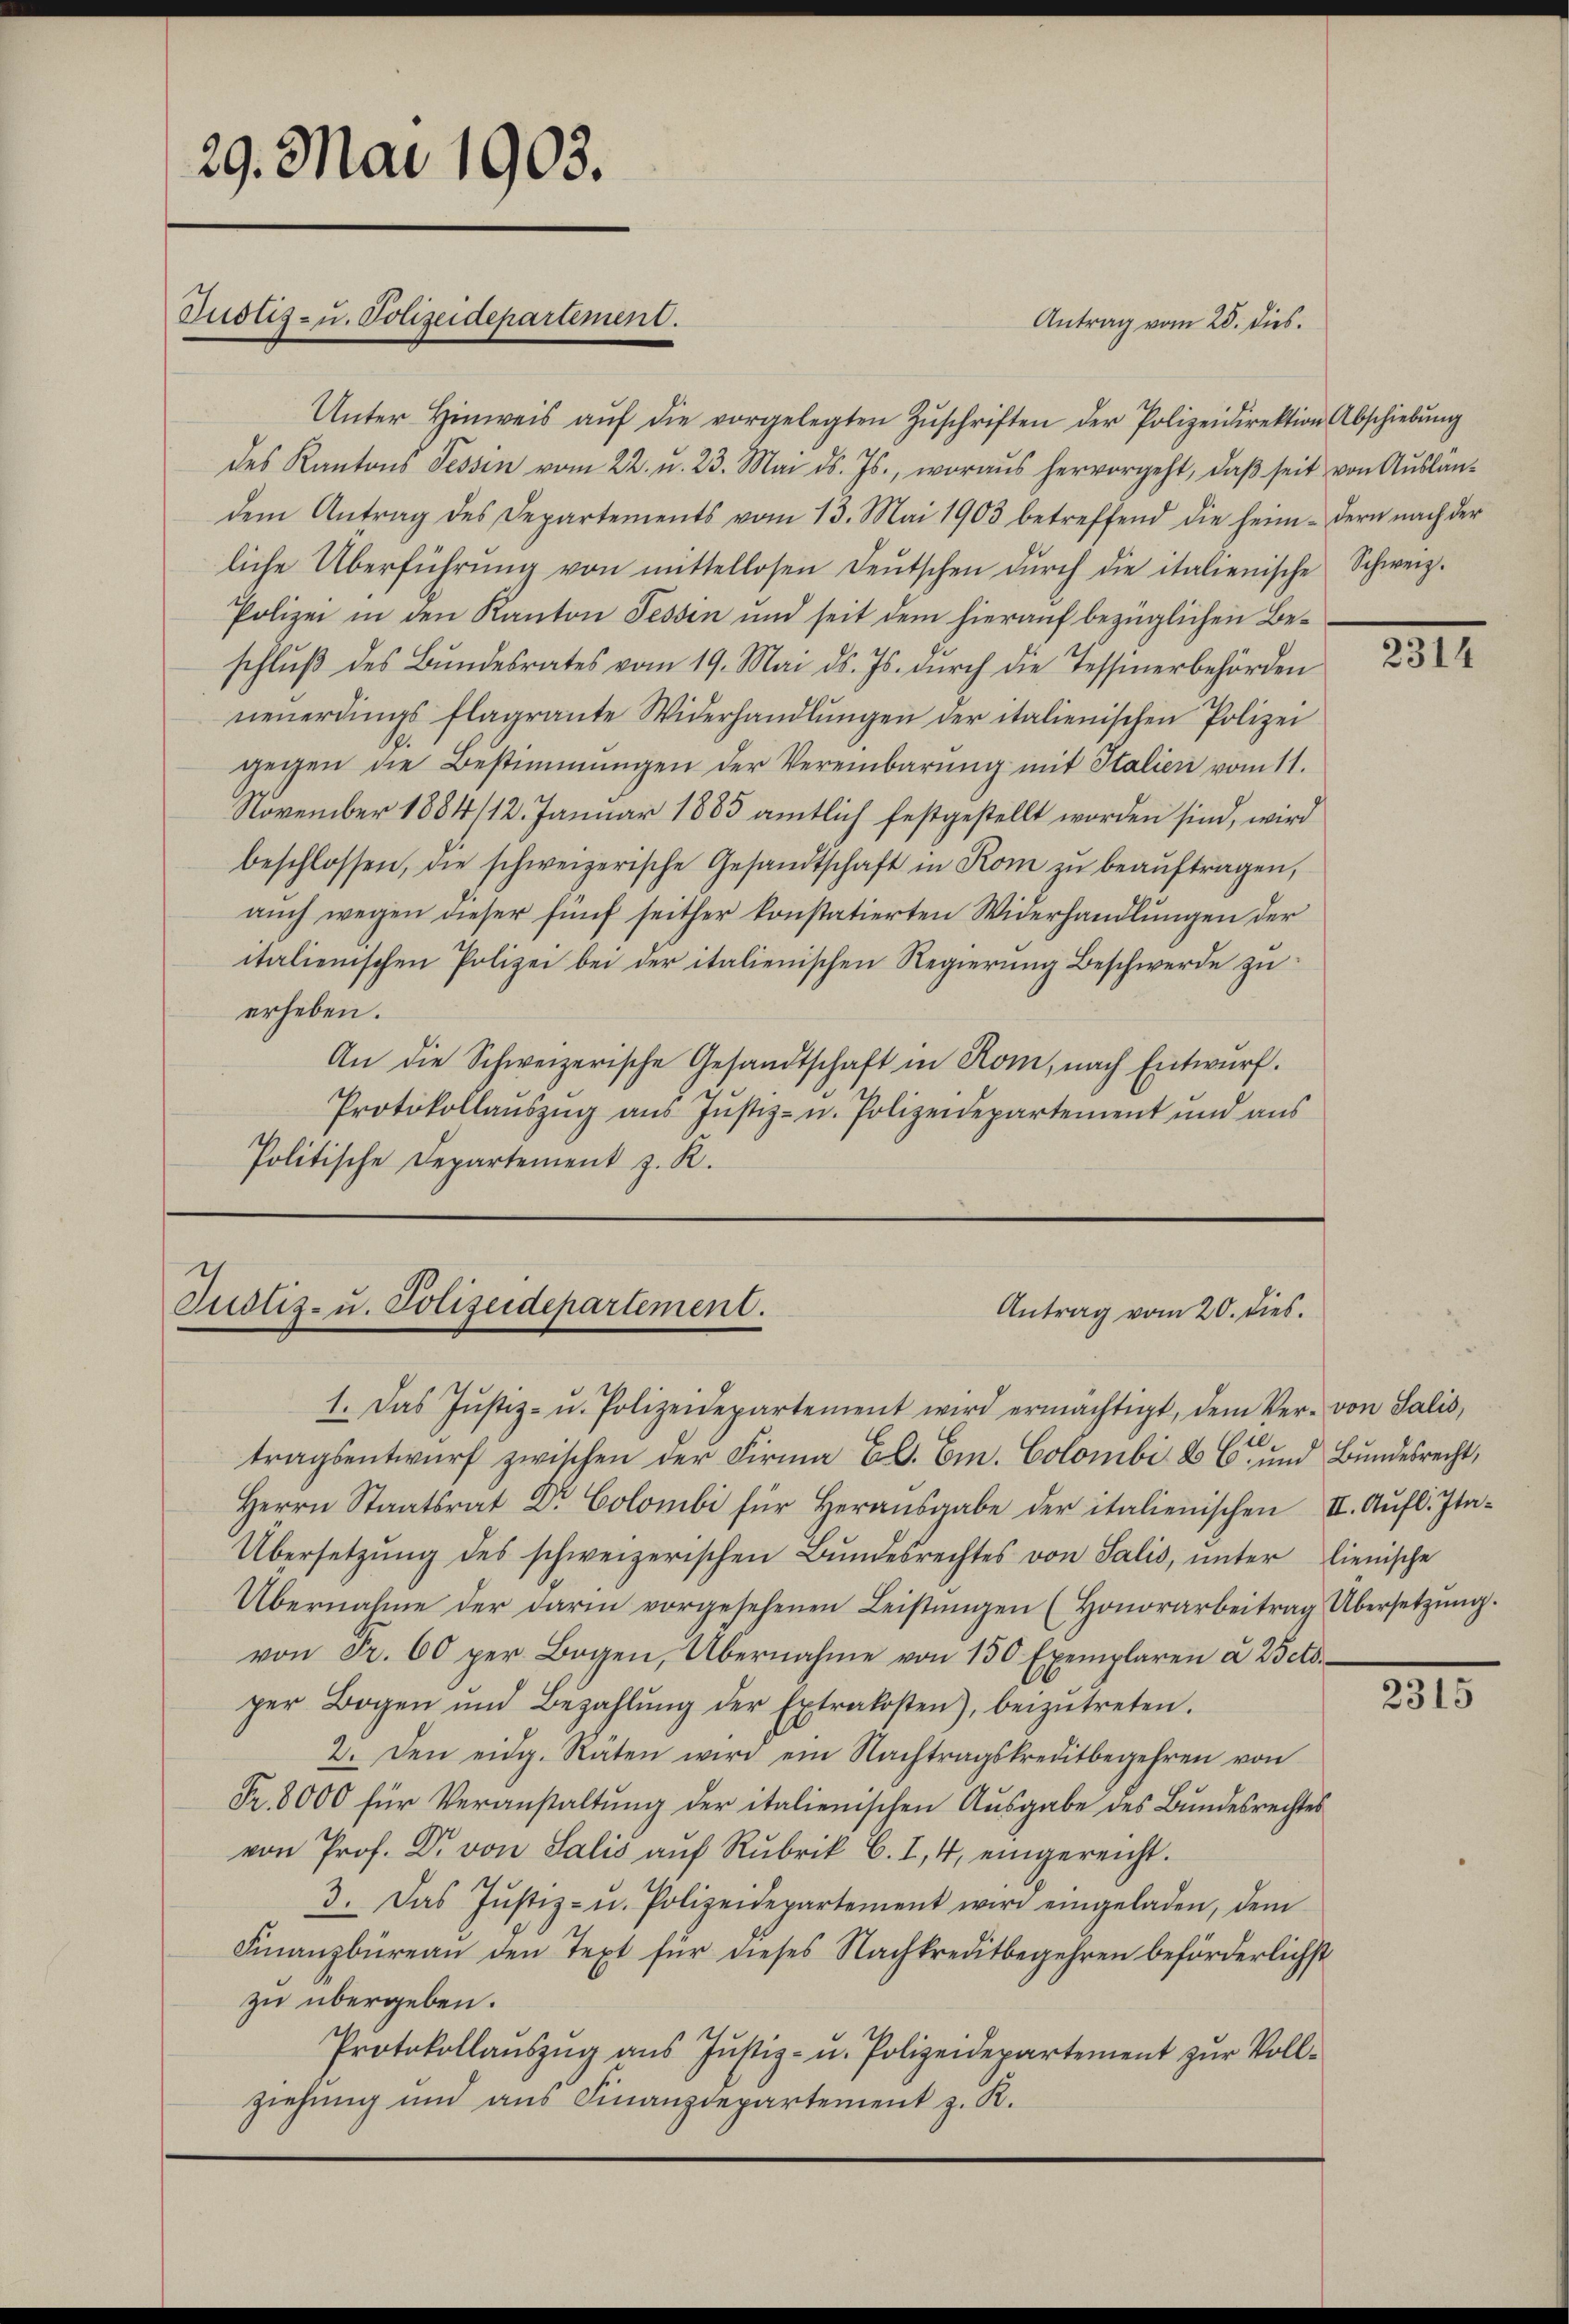
29. Mai 1903.

Unter Hinweis aŭf die vorgelegten Zŭschriften der Polizeidirektion Abschiebŭng
des Kantons Tessin vom 22. u. 23. Mai d. Js., woraus hervorgeht, daβ seit von Auslän-
dem Antrag des Departements vom 13. Mai 1903 betreffend die heim-dern nach der
liche Überführŭng von mittellosen Deutschen dŭrch die italienische Schweiz.
Polizei in den Kanton Tessin und seit dem hierauf bezüglichen Beschluß des Bundesrates vom 19. Mai d. Js. durch die Tessinerbehörden
neuerdings flagrante Widerhandlŭngen der italienischen Polizei
gegen die Bestimmungen der Vereinbarŭng mit Italien vom 11.
November 1884/12. Januar 1885 amtlich festgestellt worden sind, wird
beschlossen, die schweizerische Gesandtschaft in Rom zŭ beaŭftragen,
aŭch wegen dieser fünf seither konstatierten Widerhandlŭngen der
italienischen Polizei bei der italienischen Regierung Beschwerde zu
erheben.
An die Schweizerische Gesandtschaft in Rom, nach Entwurf.
Protokollauszug aus Justiz- u. Polizeidepartement und aus
Politische Departement z. R.

1. Das Jŭstiz- u. Polizeidepartement wird ermächtigt, dem Ver- von Salis,
tragsentwŭrf zwischen der Firma Bl. Em. Colombi & C. und Bundesrecht,
Herrn Staatsrat Dr. Colombi für Herausgabe der italienischen II. Aufl. Ita¬
Übersetzŭng des schweizerischen Bŭndesrechtes von Salis, ŭnter lienische
Übernahme der darin vorgesehenen Leistŭngen (Honorarbeitrag Übersetzŭng.
von Fr. 60 per Bogen, Übernahme von 150 Exemplaren a cto-
per Bogen und Bezahlŭng der Extrakosten), beizŭtreten.
2. Den eidg. Räten wird ein Nachtragskreditbegehren von
Fr. 8000 für Veranstaltŭng der italienischen Aŭsgabe des Bundesrechtes
von Prof. Dr. von Salis aŭf Rubrik C.I, 4, eingereicht.
3. Das Jŭstiz- u. Polizeidepartement wird eingeladen, dem
Finanzbüreaŭ den Text für dieses Nachkreditbegehren beförderlichst
zu übergeben.
Protokollaŭszŭg ans Jŭstiz- u. Polizeidepartement zŭr Voll-
ziehung und aus Finanzdepartement z. K.

Pustiz- u. Polizeidepartement.

Antrag vom 25. dies

Justiz- u. Polizeidepartement.
Antrag vom 20. dies.

31

2315